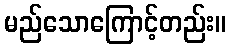
မည်သောကြောင့်တည်း။